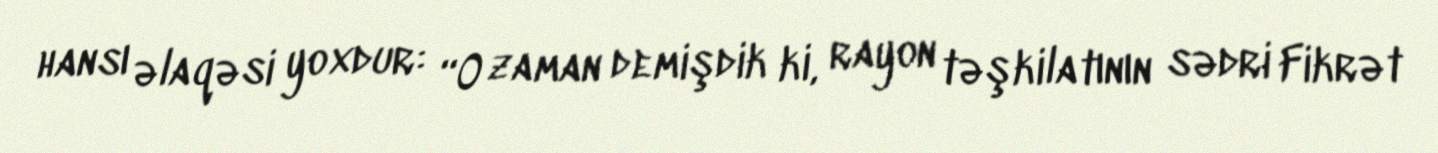
hansı əlaqəsi yoxdur: “O zaman demişdik ki, rayon təşkilatının sədri Fikrət